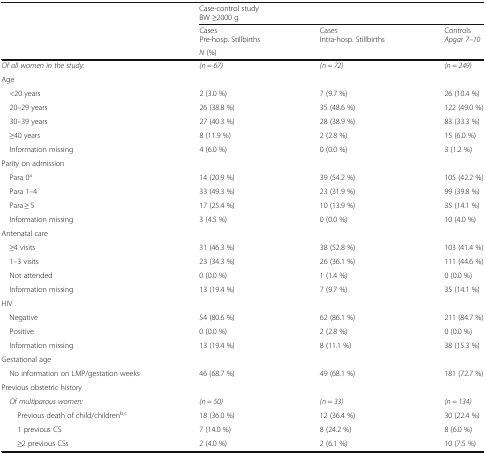
| <ROWSPAN=2>  | <COLSPAN=3> Case-control studyBW ≥2000 g |
 | CasesPre-hosp. Stillbirths | CasesIntra-hosp. Stillbirths | ControlsApgar 7–10 |
 |  | <COLSPAN=3> N (%) |
 | --- | --- | --- | --- |
 | Of all women in the study: | (n = 67) | (n = 72) | (n = 249) |
 | <COLSPAN=4> Age |
 | <20 years | 2 (3.0 %) | 7 (9.7 %) | 26 (10.4 %) |
 | 20–29 years | 26 (38.8 %) | 35 (48.6 %) | 122 (49.0 %) |
 | 30–39 years | 27 (40.3 %) | 28 (38.9 %) | 83 (33.3 %) |
 | ≥40 years | 8 (11.9 %) | 2 (2.8 %) | 15 (6.0 %) |
 | Information missing | 4 (6.0 %) | 0 (0.0 %) | 3 (1.2 %) |
 | <COLSPAN=4> Parity on admission |
 | Para 0a | 14 (20.9 %) | 39 (54.2 %) | 105 (42.2 %) |
 | Para 1–4 | 33 (49.3 %) | 23 (31.9 %) | 99 (39.8 %) |
 | Para ≥ 5 | 17 (25.4 %) | 10 (13.9 %) | 35 (14.1 %) |
 | Information missing | 3 (4.5 %) | 0 (0.0 %) | 10 (4.0 %) |
 | <COLSPAN=4> Antenatal care |
 | ≥4 visits | 31 (46.3 %) | 38 (52.8 %) | 103 (41.4 %) |
 | 1–3 visits | 23 (34.3 %) | 26 (36.1 %) | 111 (44.6 %) |
 | Not attended | 0 (0.0 %) | 1 (1.4 %) | 0 (0.0 %) |
 | Information missing | 13 (19.4 %) | 7 (9.7 %) | 35 (14.1 %) |
 | <COLSPAN=4> HIV |
 | Negative | 54 (80.6 %) | 62 (86.1 %) | 211 (84.7 %) |
 | Positive | 0 (0.0 %) | 2 (2.8 %) | 0 (0.0 %) |
 | Information missing | 13 (19.4 %) | 8 (11.1 %) | 38 (15.3 %) |
 | <COLSPAN=4> Gestational age |
 | No information on LMP/gestation weeks | 46 (68.7 %) | 49 (68.1 %) | 181 (72.7 %) |
 | <COLSPAN=4> Previous obstetric history |
 | Of multiparous women: | (n = 50) | (n = 33) | (n = 134) |
 | Previous death of child/childrenb,c | 18 (36.0 %) | 12 (36.4 %) | 30 (22.4 %) |
 | 1 previous CS | 7 (14.0 %) | 8 (24.2 %) | 8 (6.0 %) |
 | ≥2 previous CSs | 2 (4.0 %) | 2 (6.1 %) | 10 (7.5 %) |